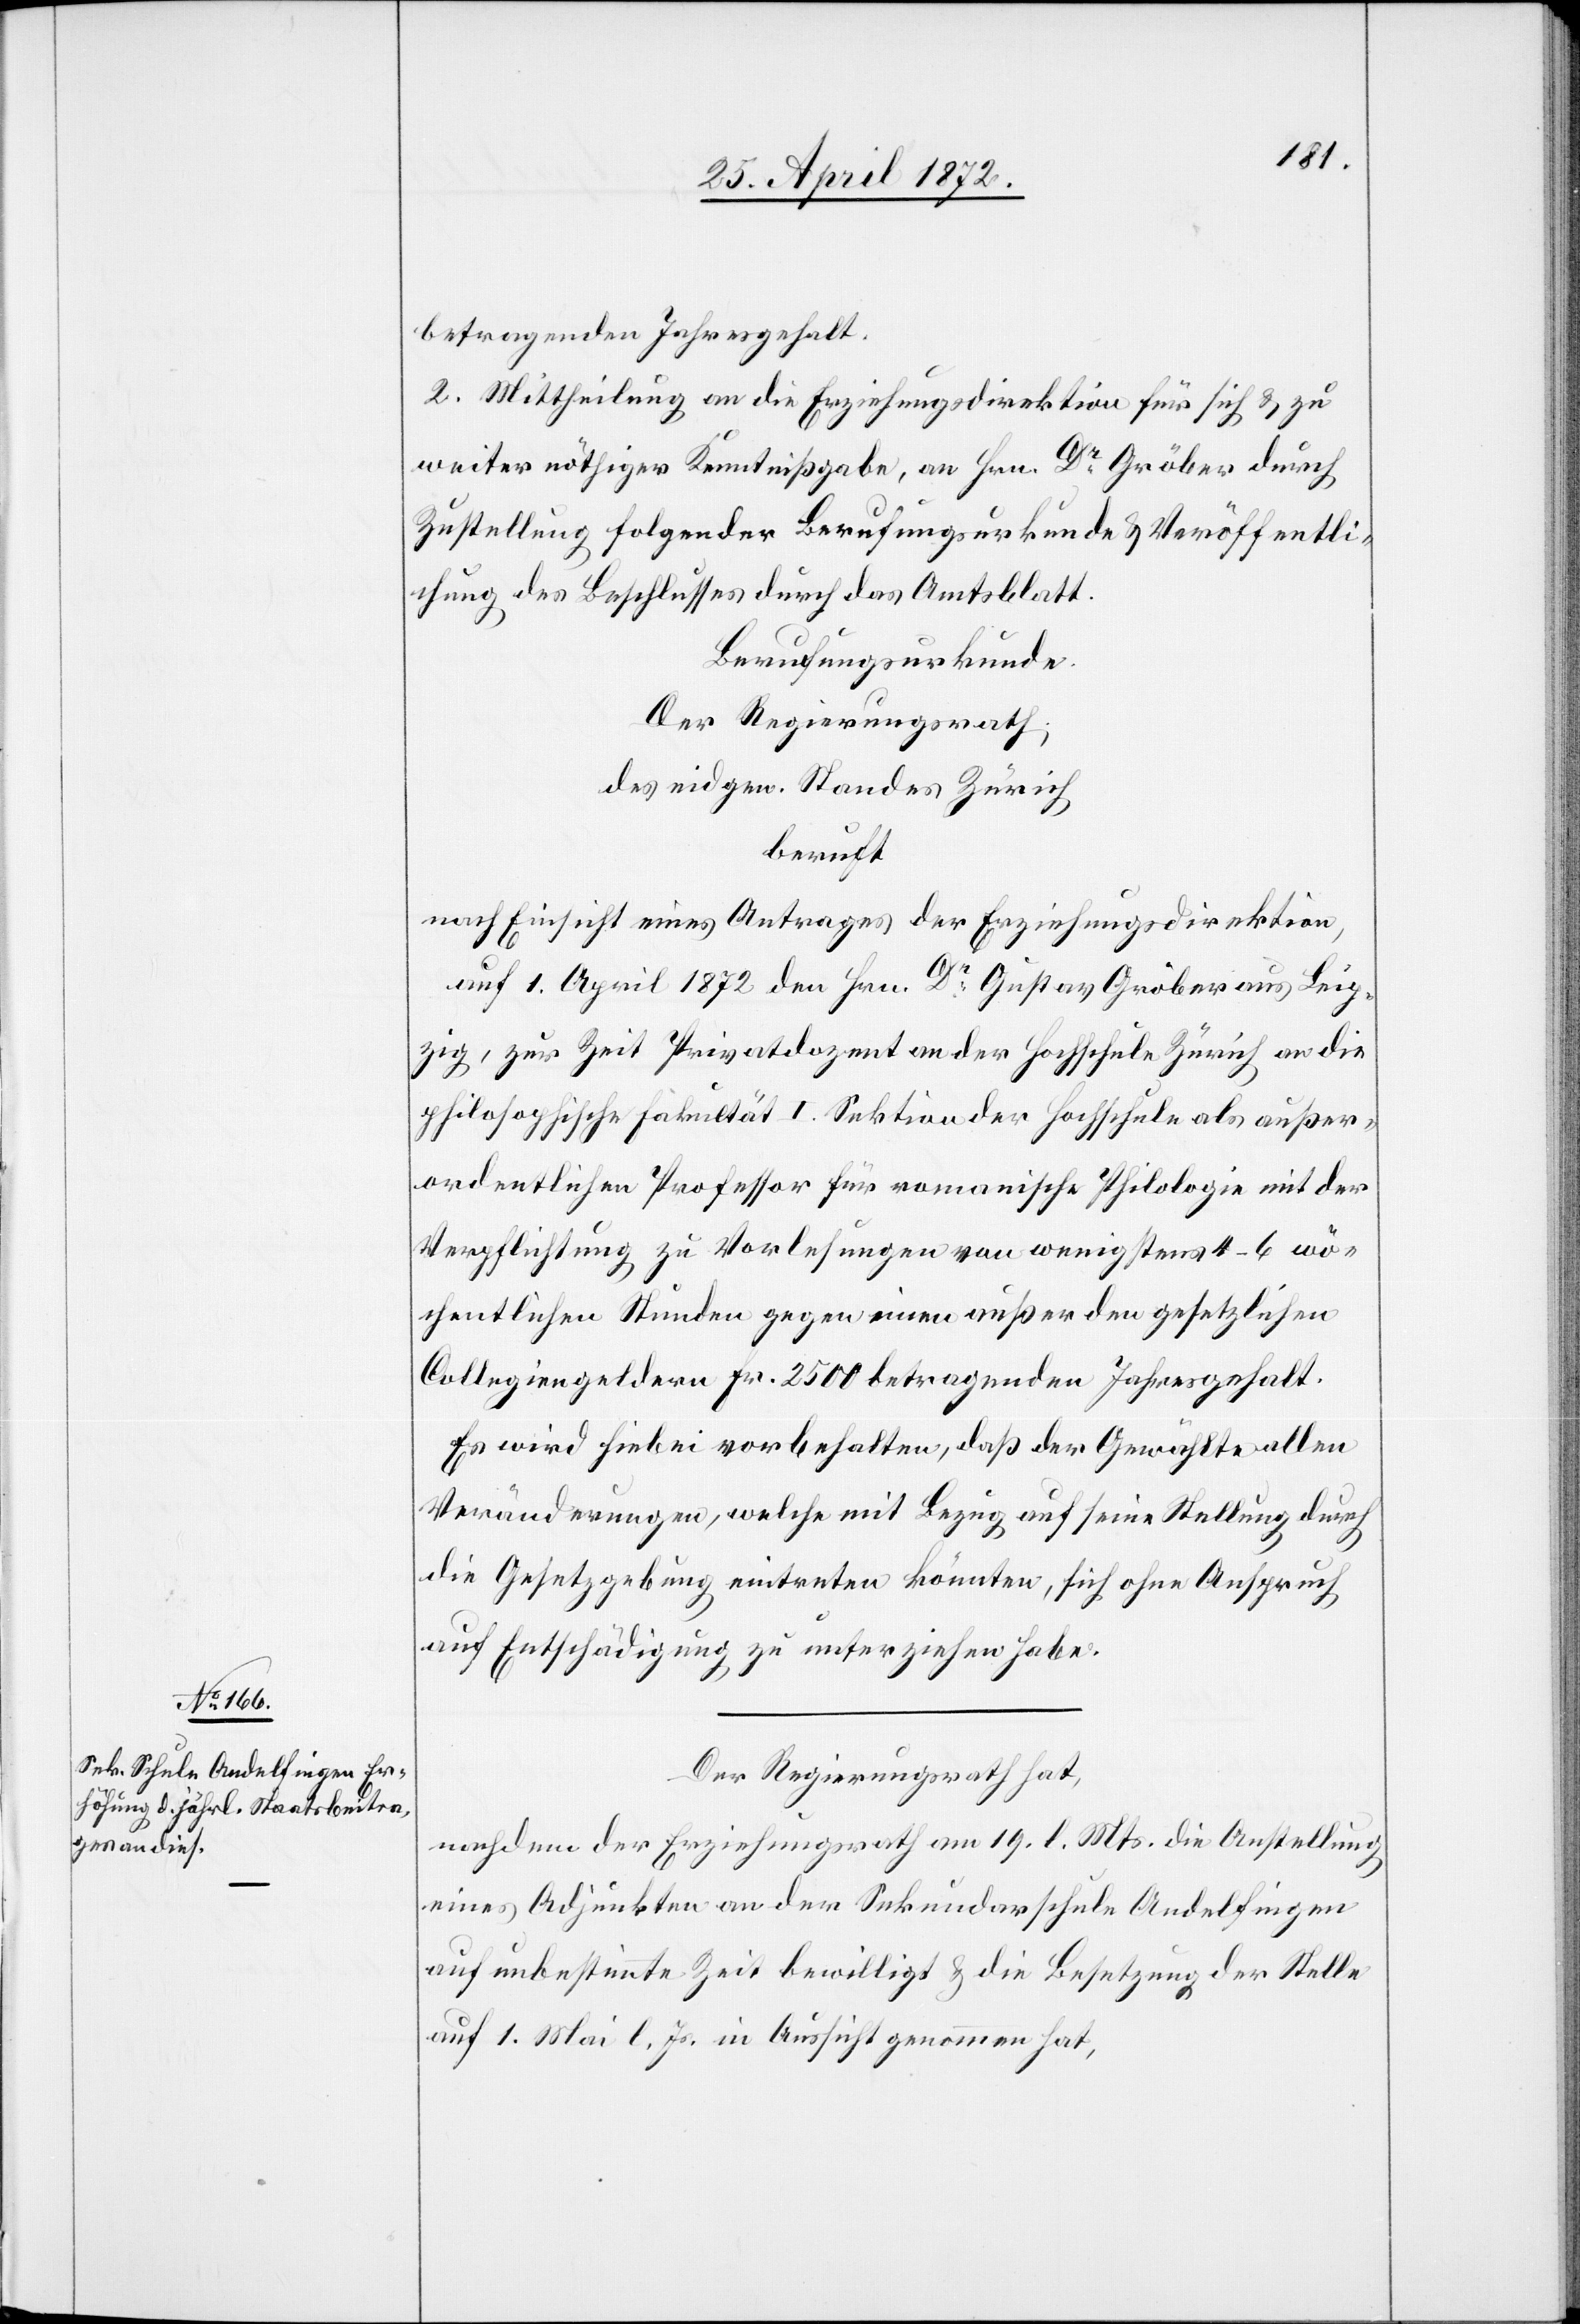
betragenden Jahresgehalt.
2. Mittheilung an die Erziehungsdirektion für sich u. zu
weiter nöthiger Kenntnißgabe, an Hrn. Dr Gröber durch
Zustellung folgender Berufungsurkunde u. Veröffentli¬
chung des Beschlusses durch das Amtsblatt.
Berufungsurkunde.
Der Regierungsrath,
des eidgen. Standes Zürich
beruft
nach Einsicht eines Antrages der Erziehungsdirektion,
auf 1. April 1872 den Hrn. Dr Gustav Gröber aus Leip¬
zig, zur Zeit Privatdozent an der Hochschule Zürich an die
philosophische Fakultät I. Sektion der Hochschule als außer¬
ordentlichen Professor für romanische Philologie mit der
Verpflichtung zu Vorlesungen von wenigstens 4–6 wö¬
chentlichen Stunden gegen einen außer den gesetzlichen
Collegiengeldern Fr. 2500 betragenden Jahresgehalt.
Es wird hiebei vorbehalten, daß der Gewählte allen
Veränderungen, welche mit Bezug auf seine Stellung durch
die Gesetzgebung eintreten könnten, sich ohne Anspruch
auf Entschädigung zu unterziehen habe.
Der Regierungsrath hat,
nachdem der Erziehungsrath am 19. l. Mts. die Anstellung
eines Adjunkten an der Sekundarschule Andelfingen
auf unbestimmte Zeit bewilligt u. die Besetzung der Stelle
auf 1. Mai l. Js. in Aussicht genommen hat,